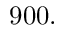
9 0 0 .